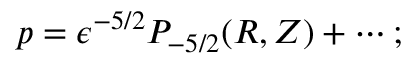
p = \epsilon ^ { - 5 / 2 } P _ { - 5 / 2 } ( R , Z ) + \cdots ;